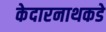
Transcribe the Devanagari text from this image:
केदारनाथकडे